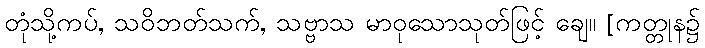
တုံသို့ကပ်, သဝိဘတ်သက်, သဗ္ဗာသ မာဝုသောသုတ်ဖြင့် ချေ။ [ကတ္တုန၌